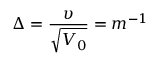
\Delta = \frac { \upsilon } { \sqrt { V _ { 0 } } } = m ^ { - 1 }